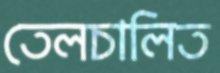
তেলচালিত